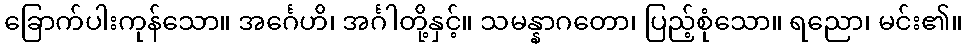
ခြောက်ပါးကုန်သော။ အင်္ဂေဟိ၊ အင်္ဂါတို့နှင့်။ သမန္နာဂတော၊ ပြည့်စုံသော။ ရညော၊ မင်း၏။